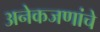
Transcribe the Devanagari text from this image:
अनेकजणांचे